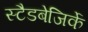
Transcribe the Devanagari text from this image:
स्टैडबेजिर्के